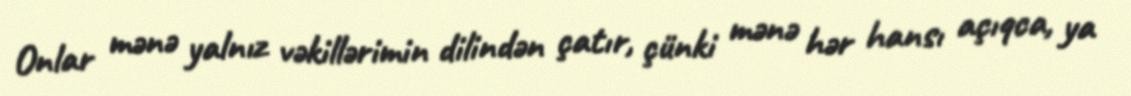
Onlar mənə yalnız vəkillərimin dilindən çatır, çünki mənə hər hansı açıqca, ya